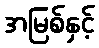
အမြစ်နှင့်